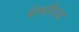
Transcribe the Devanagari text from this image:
पेरूगिआ